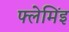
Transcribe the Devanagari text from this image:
फ्लेमिंइ